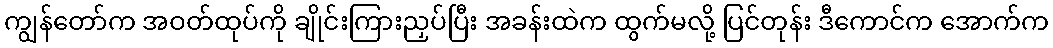
ကျွန်တော်က အဝတ်ထုပ်ကို ချိုင်းကြားညှပ်ပြီး အခန်းထဲက ထွက်မလို့ ပြင်တုန်း ဒီကောင်က အောက်က